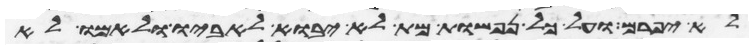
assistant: לא יפרם ועל כל נפשות מת לא יבוא לאביו ולאמו לא